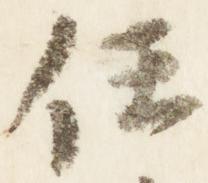
任